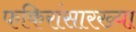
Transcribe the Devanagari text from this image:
फकिरांसारख्या